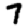
Digit: 7